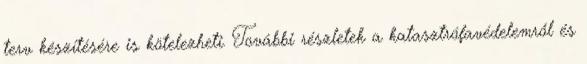
terv készítésére is kötelezheti. További részletek a katasztrófavédelemről és